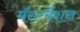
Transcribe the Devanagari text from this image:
मॅस्टर्बेशन